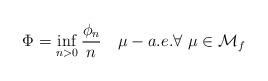
LaTeX: \begin{align*}\Phi = \inf_{n > 0}\dfrac{\phi_n}{n} \quad\mu-a.e. \forall \ \mu \in {\mathcal M}_f\end{align*}